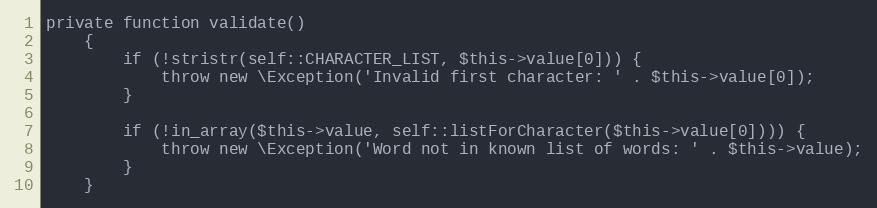
Language: PHP
private function validate()
    {
        if (!stristr(self::CHARACTER_LIST, $this->value[0])) {
            throw new \Exception('Invalid first character: ' . $this->value[0]);
        }

        if (!in_array($this->value, self::listForCharacter($this->value[0]))) {
            throw new \Exception('Word not in known list of words: ' . $this->value);
        }
    }